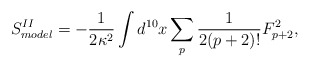
\begin{align*}S_{model}^{II} = -\frac{1}{2\kappa^2}\int d^{10}x \sum_p\frac{1}{2(p+2)!} F_{p+2}^2,\end{align*}